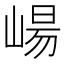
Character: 崵